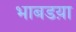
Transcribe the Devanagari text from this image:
भाबडय़ा